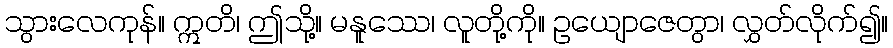
သွားလေကုန်။ ဣတိ၊ ဤသို့။ မနူဿေ၊ လူတို့ကို။ ဥယျောဇေတွာ၊ လွှတ်လိုက်၍။